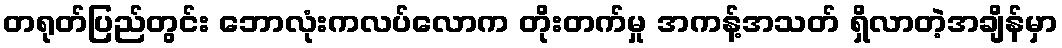
တရုတ်ပြည်တွင်း ဘောလုံးကလပ်လောက တိုးတက်မှု အကန့်အသတ် ရှိလာတဲ့အချိန်မှာ